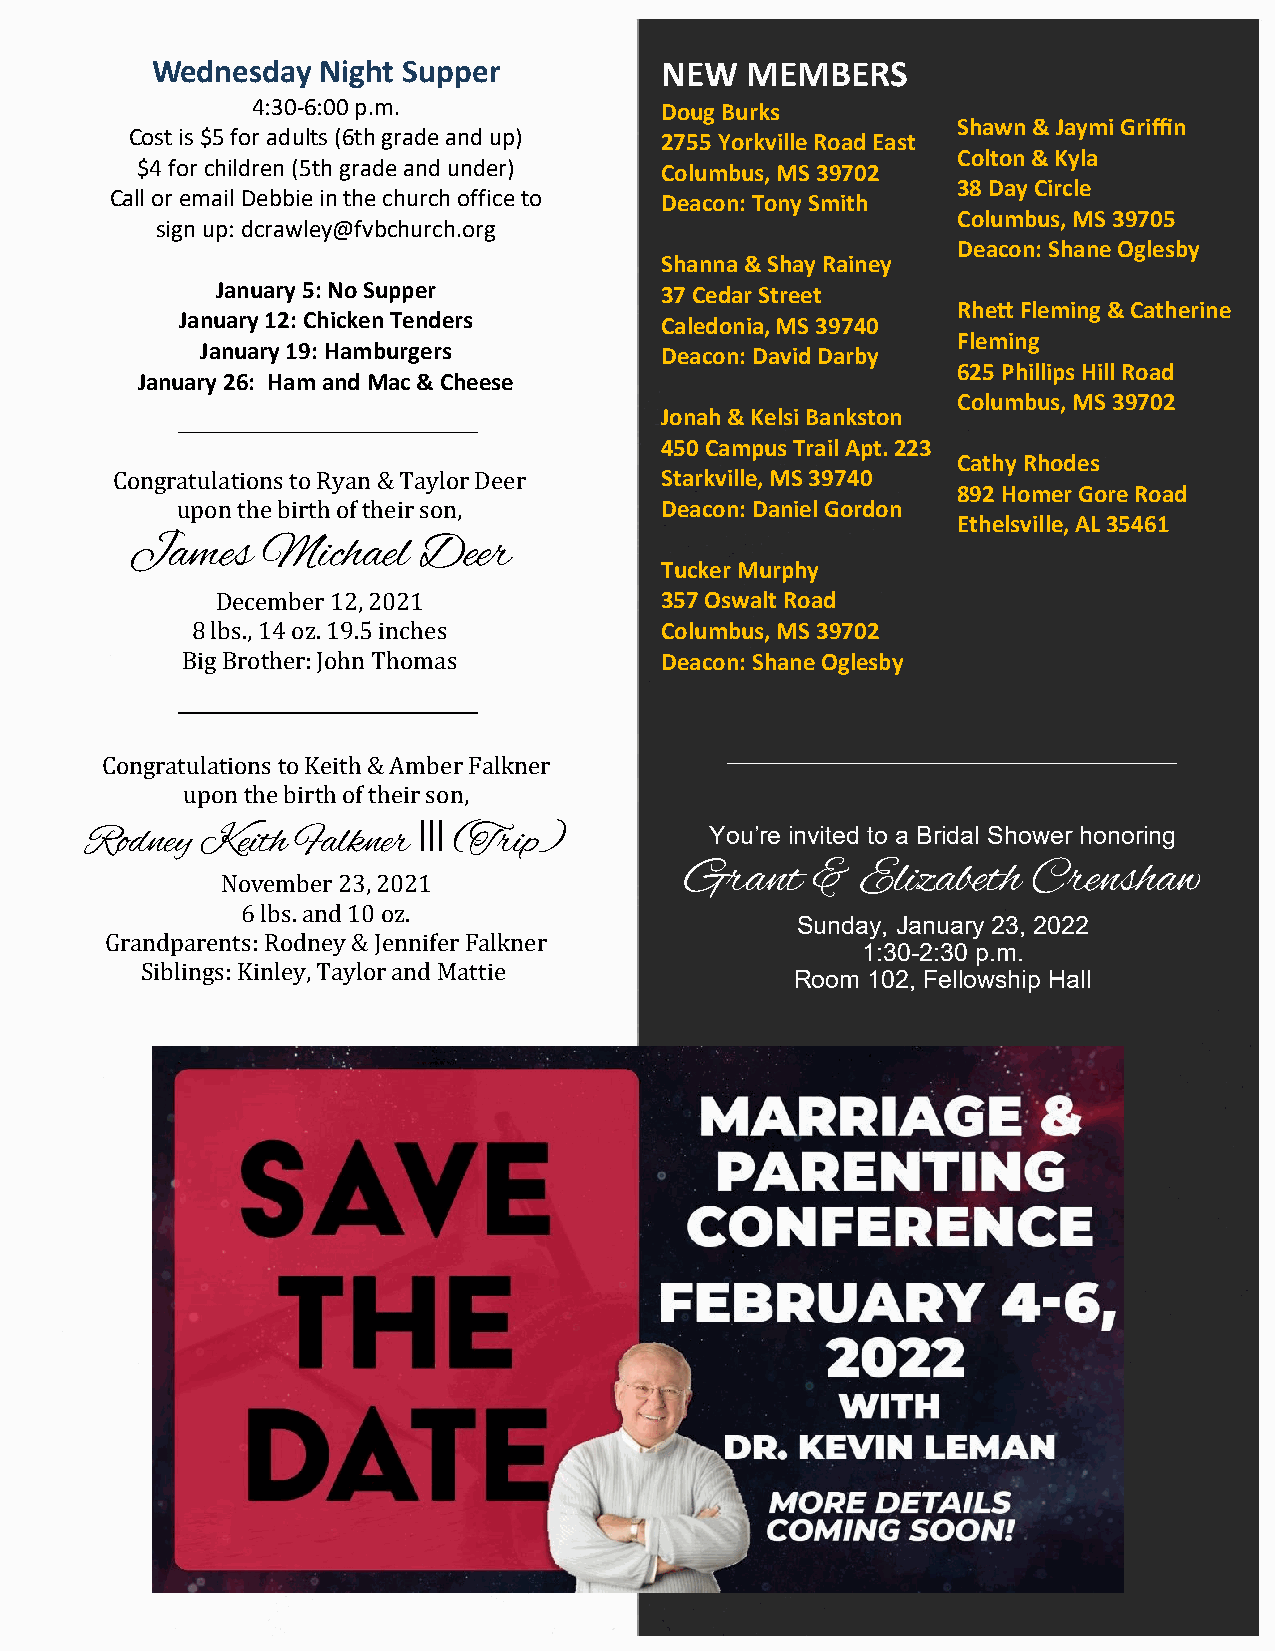
Wednesday  Night Supper           NEW  MEMBERS
 4:30-6:00 p.m.             Doug Burks
 Shawn & Jaymi Griffin
 Cost is $5 for adults (6th grade and up) 2755 Yorkville Road East
 Colton & Kyla
 $4 for children (5th grade and under) Columbus, MS 39702
 38 Day Circle
 Call or email Debbie in the church office to Deacon: Tony Smith
 Columbus, MS 39705
 sign up: dcrawley@fvbchurch.org
 Deacon: Shane Oglesby
 Shanna & Shay Rainey
 January 5: No Supper          37 Cedar Street
 Rhett Fleming & Catherine
 January 12: Chicken Tenders     Caledonia, MS 39740
 Fleming
 January 19: Hamburgers         Deacon: David Darby
 625 Phillips Hill Road
 January 26: Ham and Mac & Cheese
 Columbus, MS 39702
 Jonah & Kelsi Bankston
 450 Campus Trail Apt. 223
 Cathy Rhodes
 Congratulations to Ryan & Taylor Deer Starkville, MS 39740
 892 Homer Gore Road
 upon the birth of their son,    Deacon: Daniel Gordon
 Ethelsville, AL 35461
 James   Michael    Deer
 Tucker Murphy
 December 12, 2021             357 Oswalt Road
 8 lbs., 14 oz. 19.5 inches     Columbus, MS 39702
 Big Brother: John Thomas        Deacon: Shane Oglesby
 Congratulations to Keith & Amber Falkner
 upon the birth of their son,
 III
 Rodney Keith  Falkner   (Trip)           You’re invited to a Bridal Shower honoring
 Grant    &  Elizabeth  Crenshaw
 November 23, 2021
 6 lbs. and 10 oz.
 Sunday, January 23, 2022
 Grandparents: Rodney & Jennifer Falkner
 1:30-2:30 p.m.
 Siblings: Kinley, Taylor and Mattie.
 Room 102, Fellowship Hall